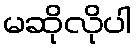
မဆိုလိုပါ